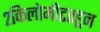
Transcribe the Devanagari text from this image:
२किलोमीटरहून